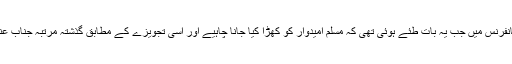
انہوں نے کہا کہ بین الجماعتی کانفرنس میں جب یہ بات طئے ہوئی تھی کہ مسلم امیدوار کو کھڑا کیا جانا چاہیے اور اسی تجویزے کے مطابق گذشتہ مرتبہ جناب عنایت اللہ صاحب کو کھڑا کیا گیا۔